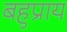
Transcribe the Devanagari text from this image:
बहुप्राय